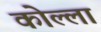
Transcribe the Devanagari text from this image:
कोल्ला